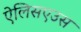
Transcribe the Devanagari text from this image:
ऐलिसएउस